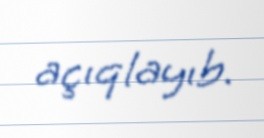
açıqlayıb.